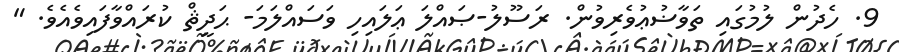
9. ހެދުން ލުމުގައި ތަވާޟުޢުވެރިވުން. ރަސޫލު-ޞައްލަ ޢަލައިހި ވަސައްލަމަ- ޙަދީޘް ކުރައްވާފައިވެއެވެ. "